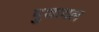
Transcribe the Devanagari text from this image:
पुथायल